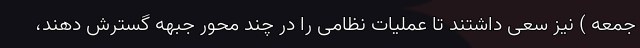
جمعه ) نیز سعی داشتند تا عملیات نظامی را در چند محور جبهه گسترش دهند،